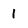
Character: 1